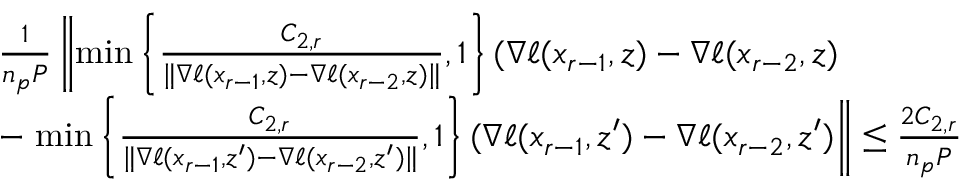
\begin{array} { r l } & { \frac { 1 } { n _ { p } P } \left\| \operatorname* { m i n } \left\{ \frac { C _ { 2 , r } } { \| \nabla \ell ( x _ { r - 1 } , z ) - \nabla \ell ( x _ { r - 2 } , z ) \| } , 1 \right\} ( \nabla \ell ( x _ { r - 1 } , z ) - \nabla \ell ( x _ { r - 2 } , z ) \right. } \\ & { - \left. \operatorname* { m i n } \left\{ \frac { C _ { 2 , r } } { \| \nabla \ell ( x _ { r - 1 } , z ^ { \prime } ) - \nabla \ell ( x _ { r - 2 } , z ^ { \prime } ) \| } , 1 \right\} ( \nabla \ell ( x _ { r - 1 } , z ^ { \prime } ) - \nabla \ell ( x _ { r - 2 } , z ^ { \prime } ) \right\| \leq \frac { 2 C _ { 2 , r } } { n _ { p } P } } \end{array}